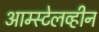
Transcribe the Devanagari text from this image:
आम्स्टेलव्हीन